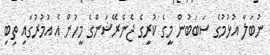
ނުބަލާ އުޅުމުގެ ސަބަބުން މީގެ ކުރީގެ ޖެނެރޭޝަންގެ މީހުން އެ އުމުރުގައި ތިބި